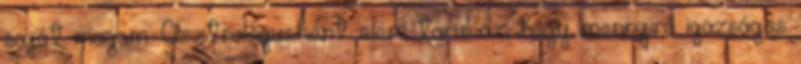
saját magam. Asztrológusként elém tárul az, hogy mennyire igazságos